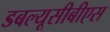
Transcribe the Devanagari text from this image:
डबल्यूसीबीएस